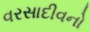
વરસાદીવનો